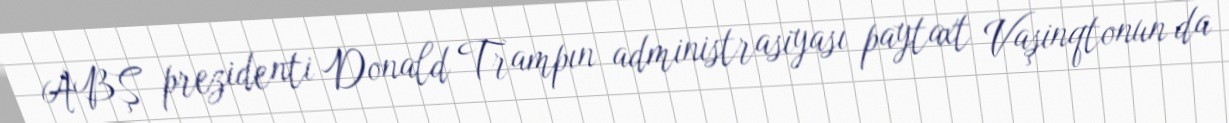
ABŞ prezidenti Donald Trampın administrasiyası paytaxt Vaşinqtonun da